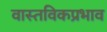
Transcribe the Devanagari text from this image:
वास्तविकप्रभाव